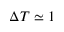
\Delta T \simeq 1